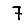
Digit: 7